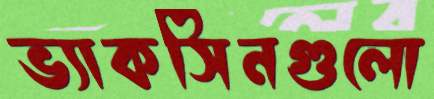
ভ্যাকসিনগুলো